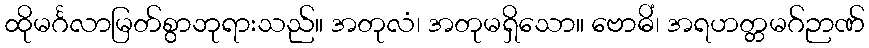
ထိုမင်္ဂလာမြတ်စွာဘုရားသည်။ အတုလံ၊ အတုမရှိသော။ ဗောဓိံ၊ အရဟတ္တမဂ်ဉာဏ်